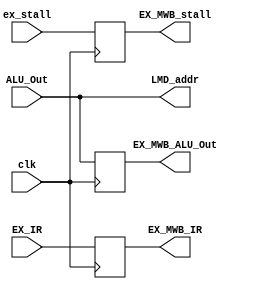
`timescale 1ns / 1ps
//////////////////////////////////////////////////////////////////////////////////
// Company: 
// Engineer: 
// 
// Design Name: 
// Module Name: EX_MWB_Register
// Project Name: 
// Target Devices: 
// Tool Versions: 
// Description: 
// 
// Dependencies: 
// 
// Revision:
// Revision 0.01 - File Created
// Additional Comments:
// 
//////////////////////////////////////////////////////////////////////////////////


module EX_MWB_Register(clk,ex_stall,ALU_Out,EX_IR,EX_MWB_ALU_Out,EX_MWB_IR,EX_MWB_stall,LMD_addr

    );
    input clk;
    input ex_stall;
    input [31:0] ALU_Out;
    input [31:0] EX_IR;
    output reg [31:0] EX_MWB_ALU_Out;
    output reg [31:0] EX_MWB_IR;
    output reg [31:0] LMD_addr;
    output reg        EX_MWB_stall;
    
    always@(posedge clk)
    begin
    EX_MWB_ALU_Out<= ALU_Out;
    EX_MWB_IR <= EX_IR;
    EX_MWB_stall = ex_stall;
    end
    
    always@(*)begin
    LMD_addr = ALU_Out;
    end
    
endmodule